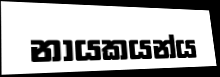
නායකයන්ය